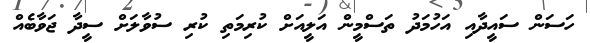
ހަސަން ސައީދާއި އަހުމަދު ތަސްމީން އަލީއަށް ކުރިމަތި ކުރި ސުވާލަށް ސީދާ ޖަވާބެއް